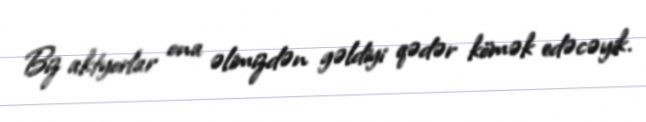
Biz aktyorlar ona əlimizdən gəldiyi qədər kömək edəcəyik.